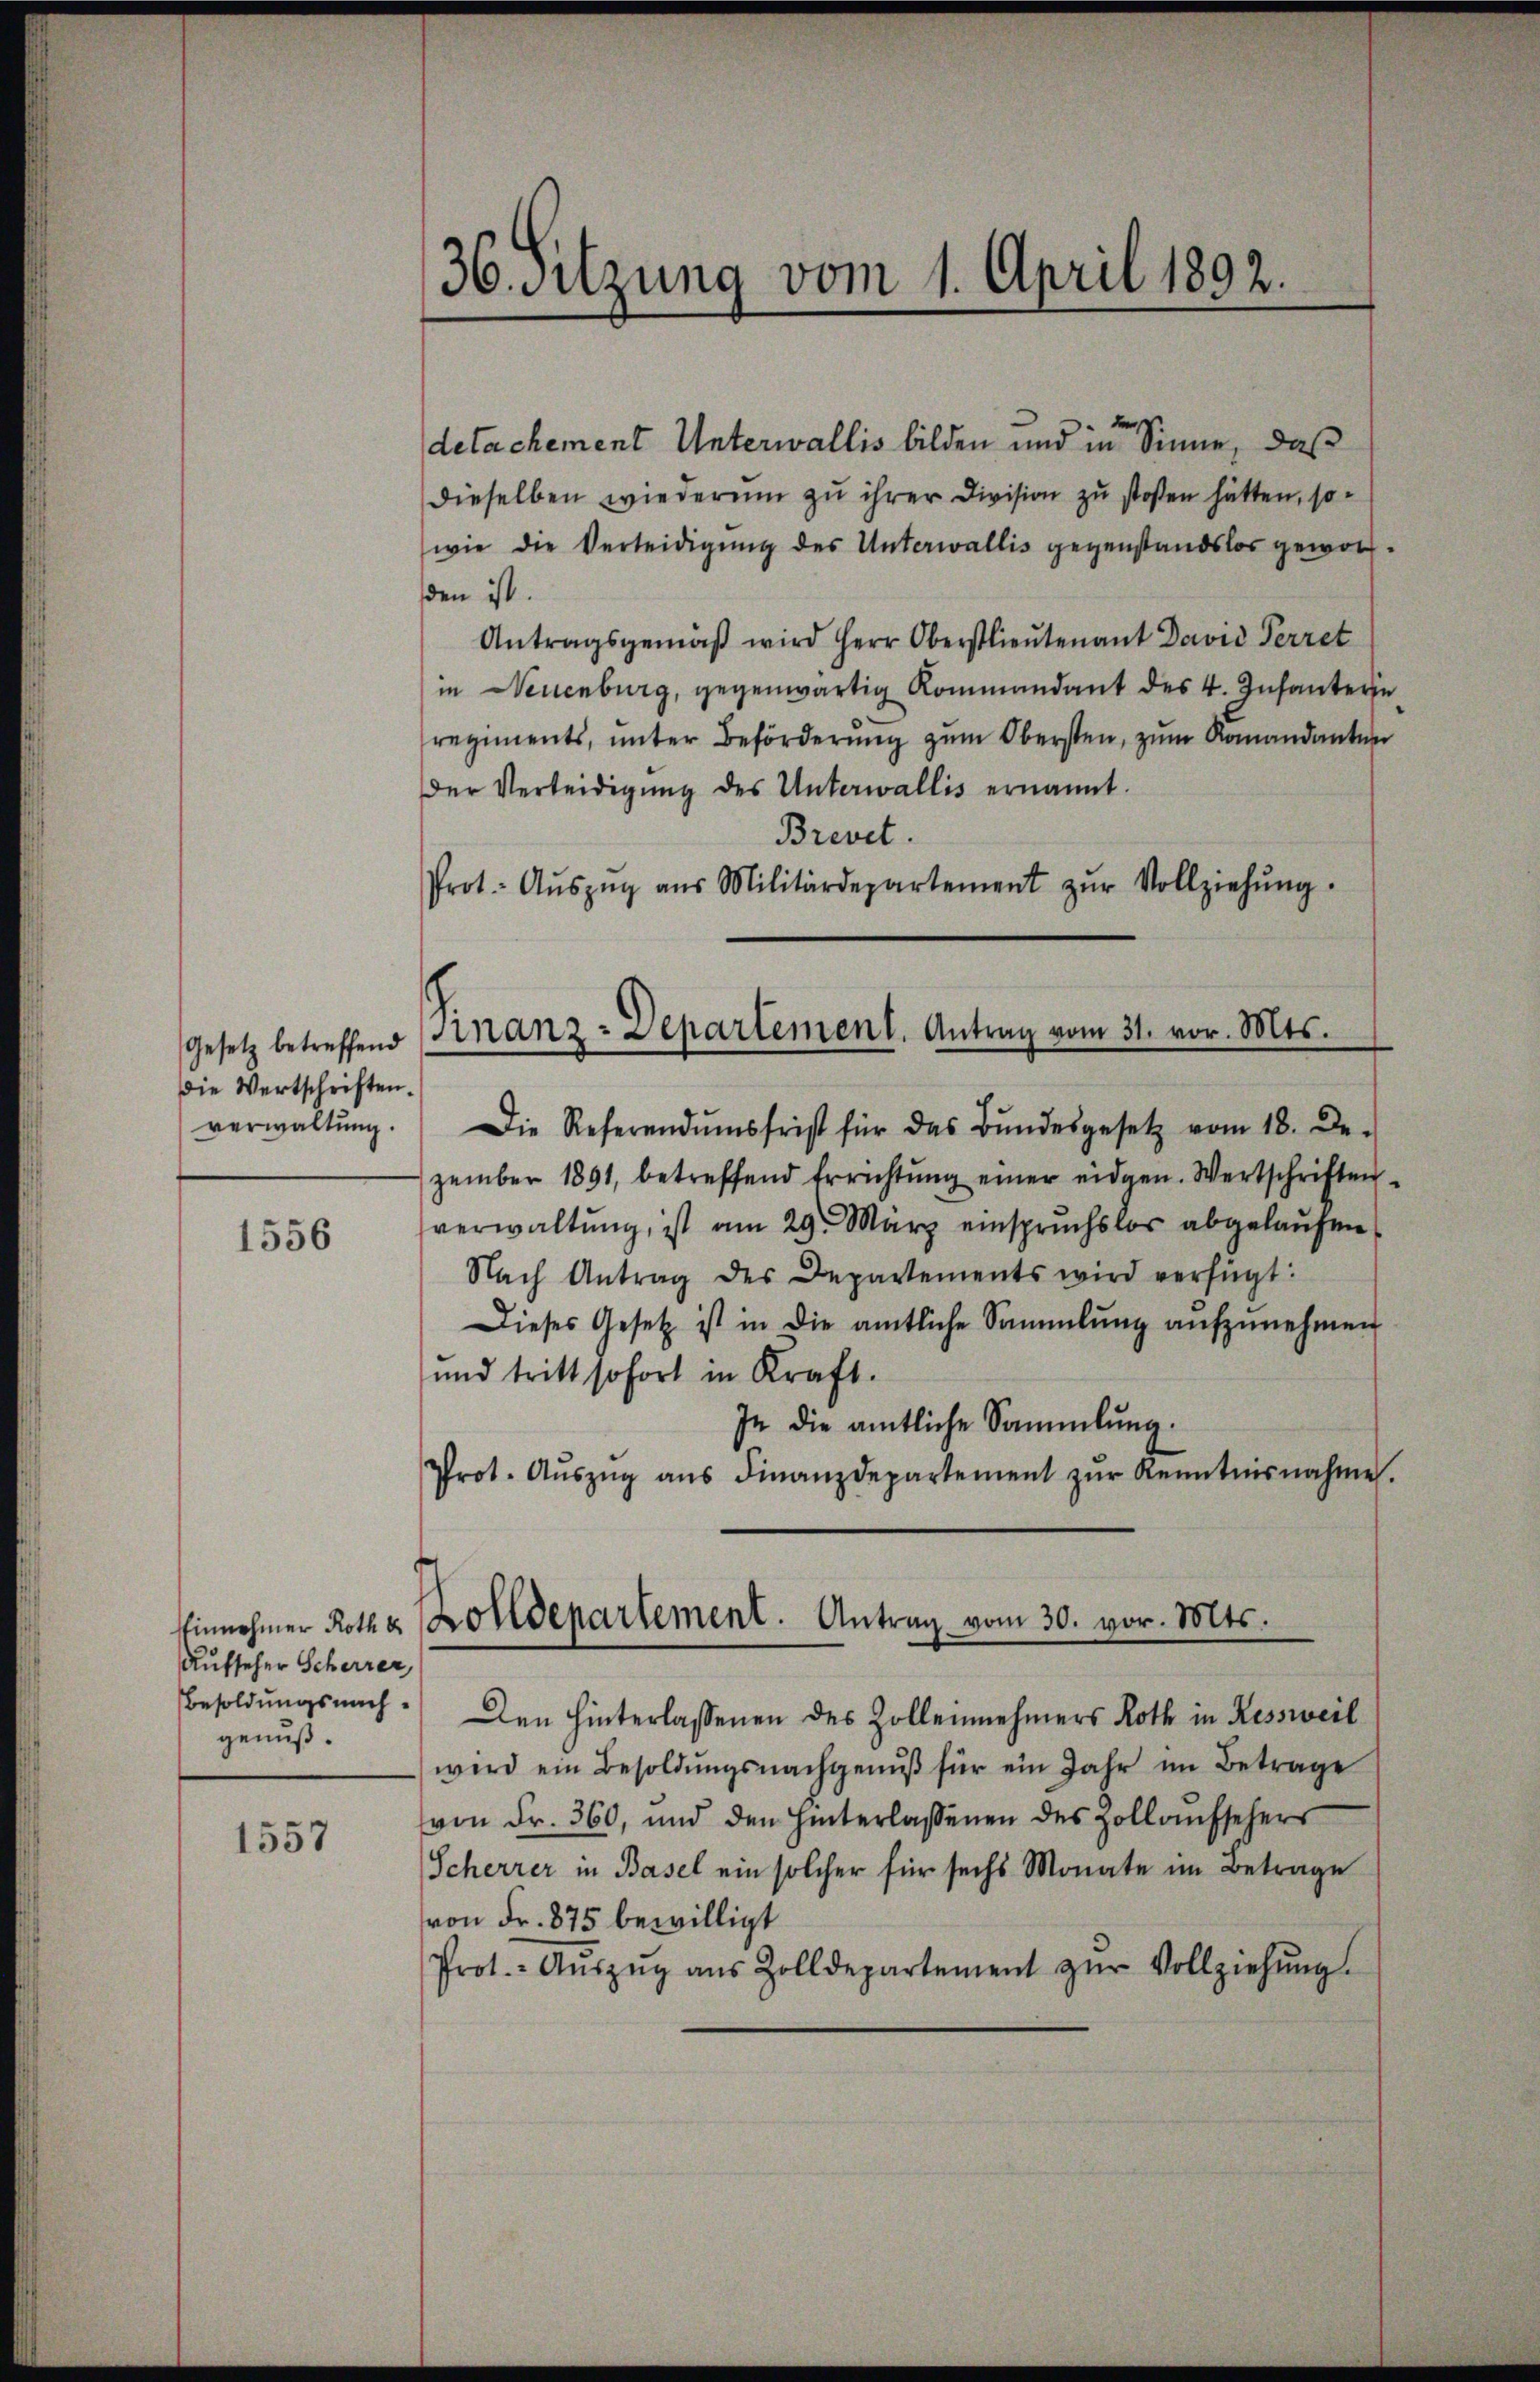
Gesetz betreffend
die Wertschriften.
verwaltung.

1556

Einnehmer Roth d
Aufseher Scherrer,
Besoldungsnach.
genuß.

1557

36. Sitzung vom 1. April 1892.

detachement Unterwallis bilden und in Sinne, daß
dieselben wiederum zu ihrer Division zu stoßen hätten, sowie die Verteidigung des Unterwallis gegenstandslos geworden ist.
Antragsgemäβ wird Herr Oberstlieutenant David Perret
in Neuenburg, gegenwärtig Kommandant des 4. Infanter
regiments, ŭnter Beförderŭng zŭm Obersten, zum Romandanten
der Verledigŭng des Unterwallis ernannt.
Brevet.
Prot. Aŭszŭg aŭs Militärdepartement zŭr Vollziehŭng.
Die Referendumsfrist für das Bŭndesgesetz vom 18. De-
zember 1891, betreffend Errichtŭng einer eidgen. Wertschriften
verwaltŭng, ist am 29. März einspruchslos abgelaŭfen
Nach Antrag des Departements wird verfügt:
Dieses Gesetz ist in die amtliche Sammlung aŭfzŭnehmen
und tritt sofort in Kraft.
In die amtliche Sammlung.
Prot. Aŭszŭg aŭs Finanzdepartement zŭr Kenntnisnahme
Den hinterlassenen des Zollennehmers Roth in Kessweil
wird ein Besoldŭngsnachgenŭβ für ein Jahr im Betrage
von Fr. 360, und den hinterlassenen des Zollaŭfsehers
Scherrer in Basel ein solcher für sechs Monate im Betrage
von Fr. 875 bewilligt
Prot.- Aŭszŭg aŭs Zolldepartement zŭr Vollziehŭng.

Finanz-Departement. Antrag vom 31. vor. Mts.

Zolldepartement. Antrag vom 30. vor. Mts.